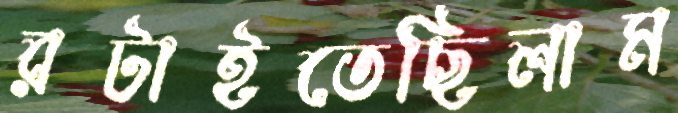
রটাইতেছিলাম